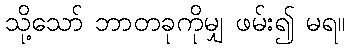
သို့သော် ဘာတခုကိုမျှ ဖမ်း၍ မရ။